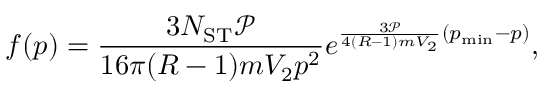
f ( p ) = \frac { 3 N _ { \mathrm { S T } } \mathcal { P } } { 1 6 \pi ( R - 1 ) m V _ { 2 } p ^ { 2 } } { e ^ { \frac { 3 \mathcal { P } } { 4 ( R - 1 ) m V _ { 2 } } ( p _ { \mathrm { m i n } } - p ) } } ,